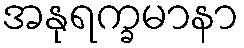
အနုရက္ခမာနာ